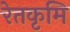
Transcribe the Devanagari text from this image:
रेतकृमि